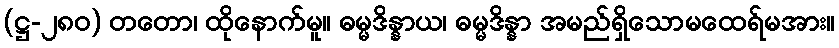
(ဋ္ဌ-၂၈၀) တတော၊ ထိုနောက်မူ။ ဓမ္မဒိန္နာယ၊ ဓမ္မဒိန္နာ အမည်ရှိသောမထေရ်မအား။